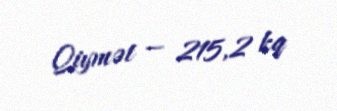
Qiymət — 215,2 kq